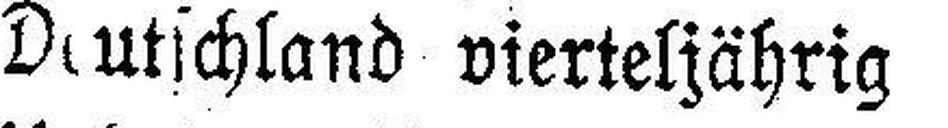
Deutschland vierteljährig